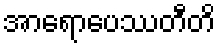
အာရောပေဿတီတိ